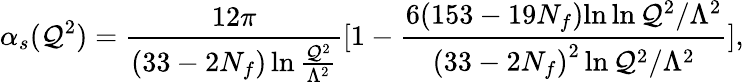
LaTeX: \alpha_{s}(\mathcal{Q}^{2})={\frac{{12\pi}}{{(33-2N_{f})\ln{\frac{{\mathcal{Q}^{2}}}{{\Lambda^{2}}}}}}}[1-{\frac{{6(153-19N_{f}){\ln\ln{\mathcal{Q}^{2}/{\Lambda^{2}}}}}}{{{(33-2N_{f})}^{2}\ln{\mathcal{Q}^{2}/\Lambda^{2}}}}}],